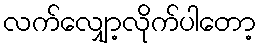
လက်လျှော့လိုက်ပါတော့